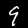
Label: 9